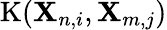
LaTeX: \mathrm{K}(\mathbf{X}_{n,i},\mathbf{X}_{m,j})